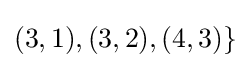
(3,1),(3,2),(4,3)\}